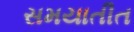
સમયાતીત